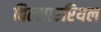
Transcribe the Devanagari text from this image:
विल्लाररियल